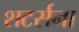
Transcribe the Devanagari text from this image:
शटर्सना